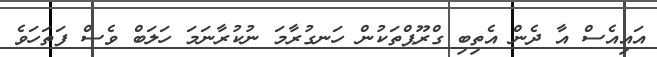
އައިއެސް އާ ދެން އެތިބި ގްރޫޕްތަކުން ހަނގުރާމަ ނުކުރާނަމަ ހަލަބް ވެސް ފަތަހަވެ